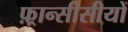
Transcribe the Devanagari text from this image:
फ़्रान्सीसीयों